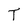
Character: T